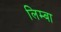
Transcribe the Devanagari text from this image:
लिम्बा